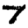
Digit: 7